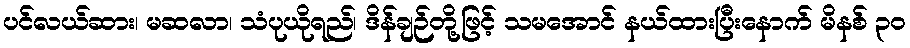
ပင်လယ်ဆား၊ မဆလာ၊ သံပုယိုရည်၊ ဒိန်ချဉ်တို့ဖြင့် သမအောင် နယ်ထားပြီးနောက် မိနစ် ၃၀